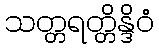
သတ္တရတ္တိန္ဒိဝံ